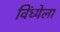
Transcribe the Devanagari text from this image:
विंध्येला